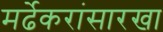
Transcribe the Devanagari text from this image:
मर्ढेकरांसारखा